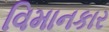
વિમાનકાર